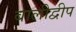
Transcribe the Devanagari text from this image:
बालीद्वीप